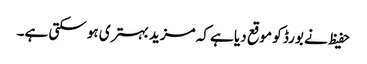
حفیظ نے بورڈ کو موقع دیا ہے کہ مزید بہتری ہو سکتی ہے۔